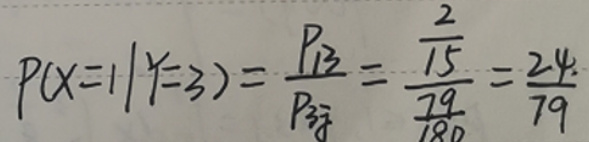
\[
P(X = 1|Y = 3)=\frac{P_{13}}{P_{3\overline{y}}}=\frac{\frac{2}{15}}{\frac{79}{180}}=\frac{24}{79}
\]